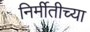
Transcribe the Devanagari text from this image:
निर्मीतीच्या